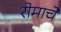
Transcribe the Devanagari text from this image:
रोमाचे